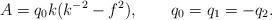
LaTeX: \begin{align*}A= q_0 k (k^{-2} -f^2) , \ \ \ \ \ \ q_0=q_1=-q_2 .\end{align*}